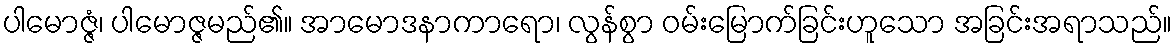
ပါမောဇ္ဇံ၊ ပါမောဇ္ဇမည်၏။ အာမောဒနာကာရော၊ လွန်စွာ ဝမ်းမြောက်ခြင်းဟူသော အခြင်းအရာသည်။